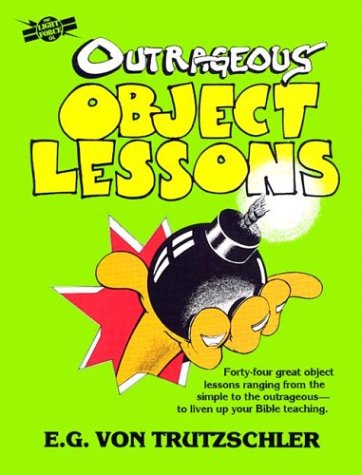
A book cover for Outrageous Object Lessons; E. G. Vontrutzchler; Christian Books & Bibles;